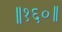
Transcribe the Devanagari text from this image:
॥१६०॥